65_HS1-834228961_62-HQ-83894_Section_4
Agency: FBI
Page 75
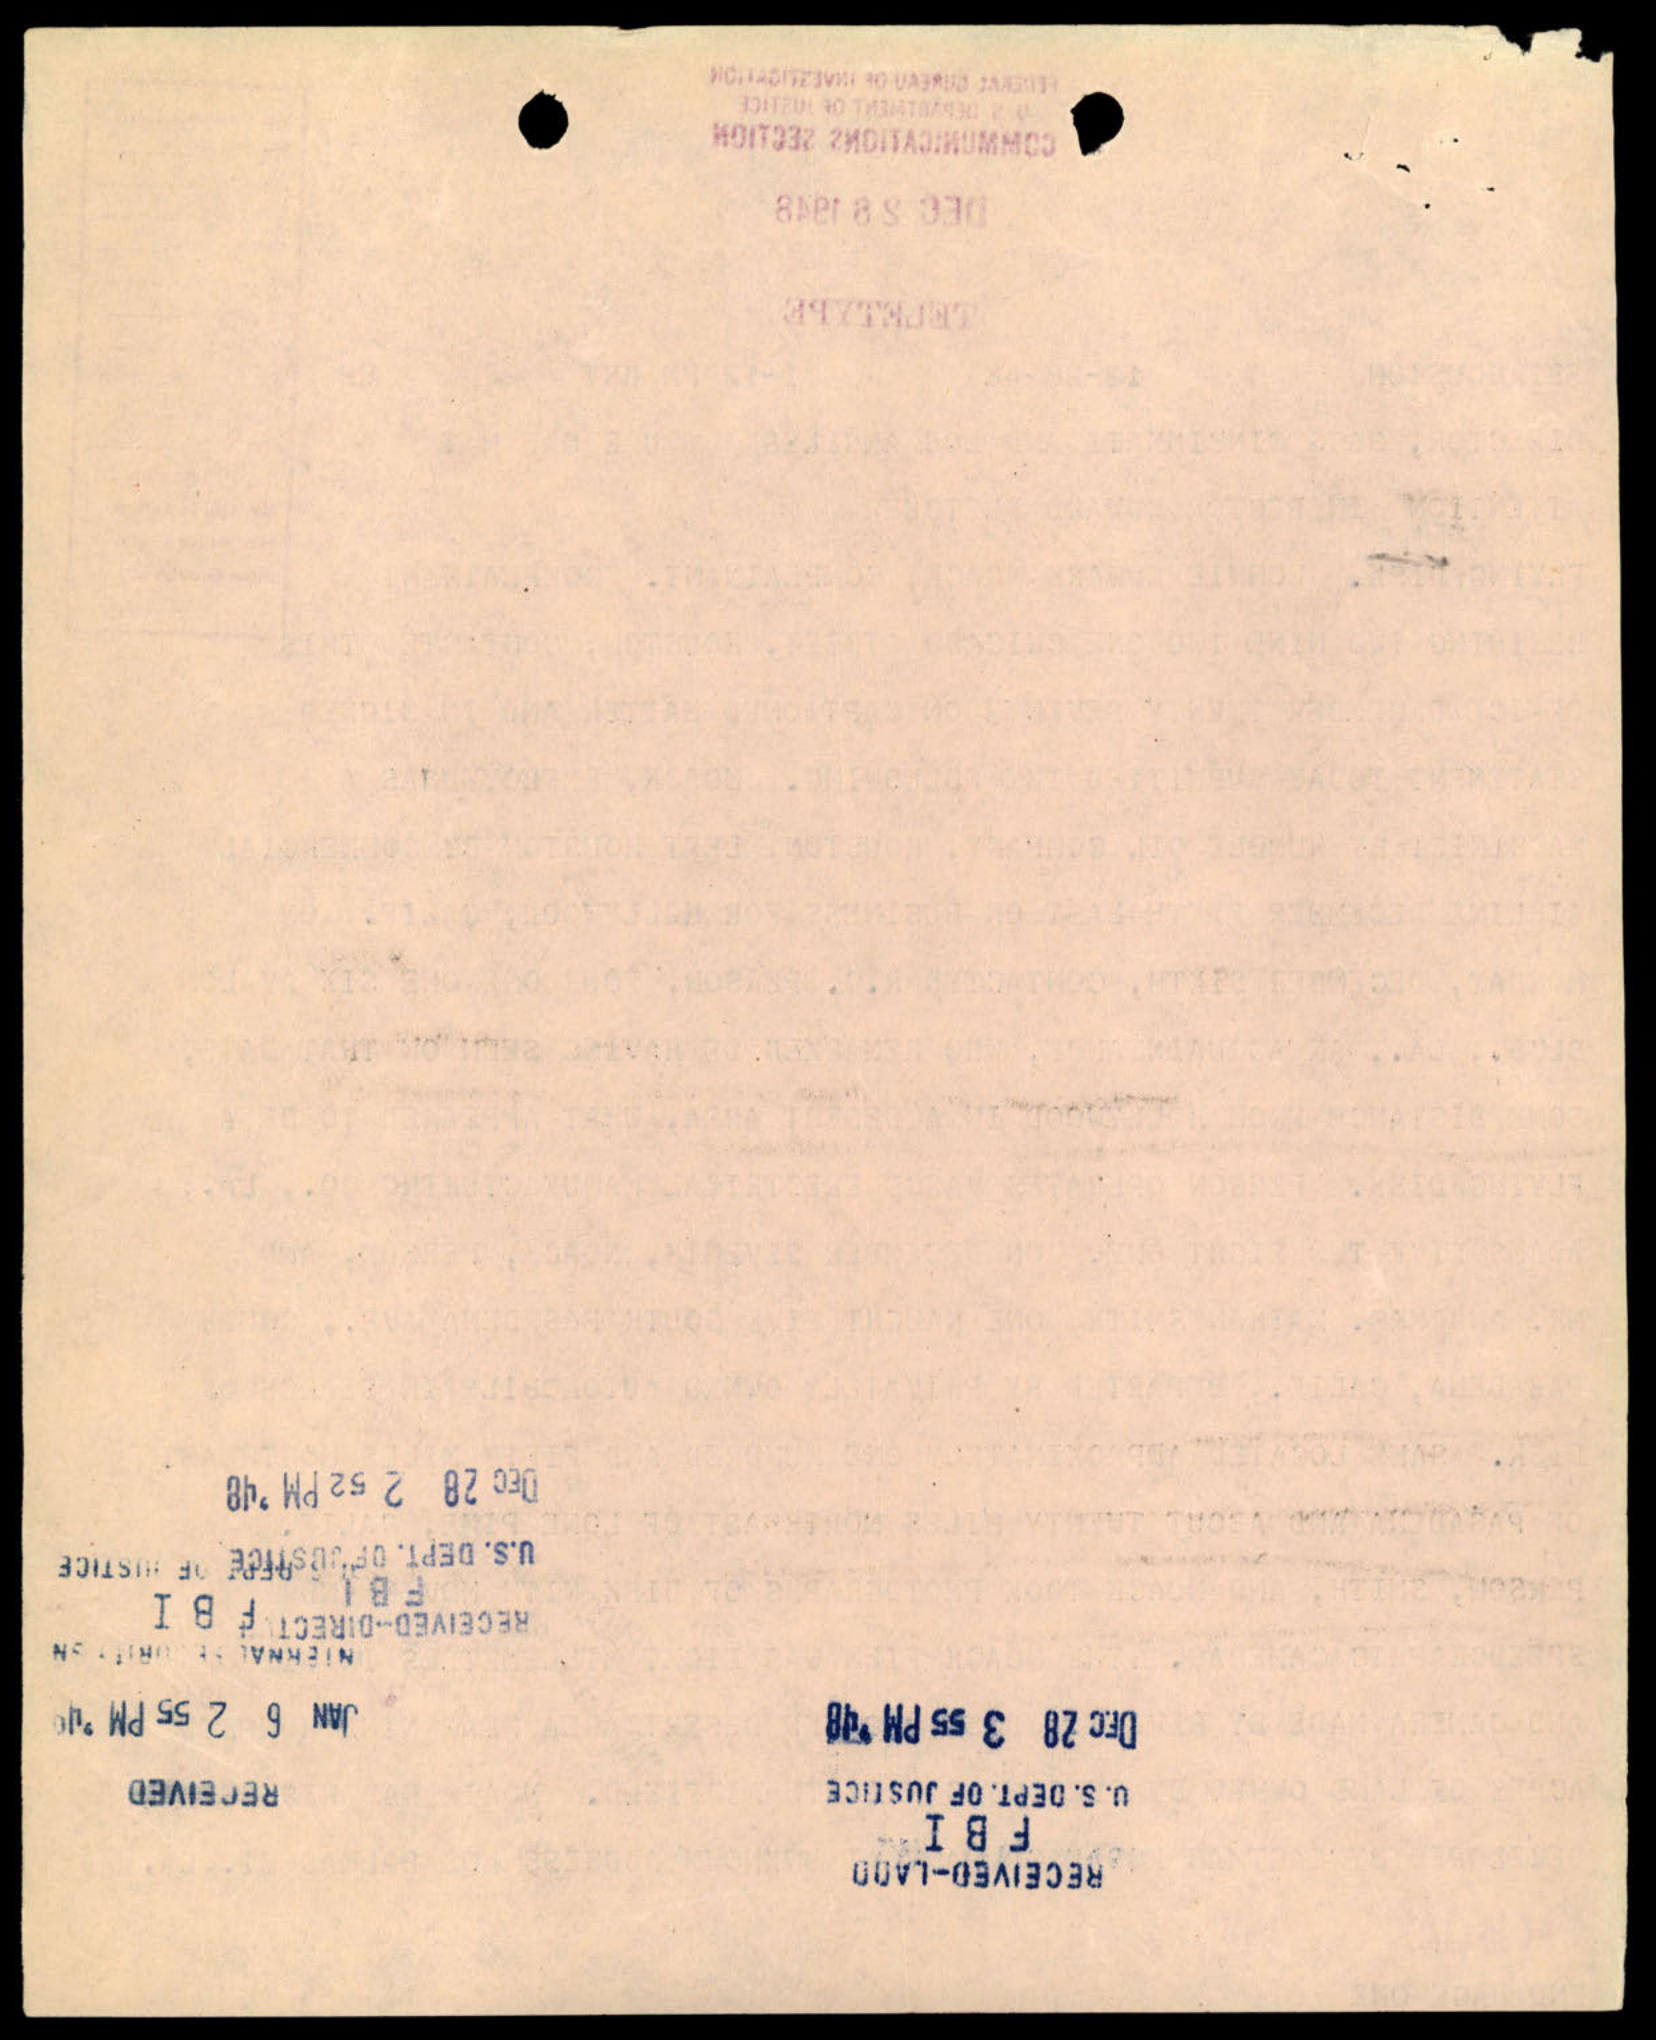